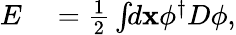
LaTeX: \begin{array}{rl}{E}&{{}=\frac{1}{2}\int\! \! d\mathbf{x}\phi^{\dagger}D\phi,}\end{array}